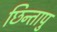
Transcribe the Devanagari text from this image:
छिन्तापु